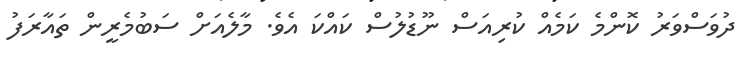
ދުވަސްވަރު ކޮންމެ ކަމެއް ކުރިއަސް ނޫޑުލުސް ކައްކަ އެވެ. މާލެއަށް ސަބުމެރީން ތައާރަފު